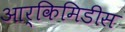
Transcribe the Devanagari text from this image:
आर्किमिडीस